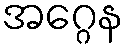
အဂ္ဂေန